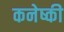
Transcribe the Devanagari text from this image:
कनेष्की